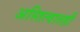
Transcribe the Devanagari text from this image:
अस्तित्वातही